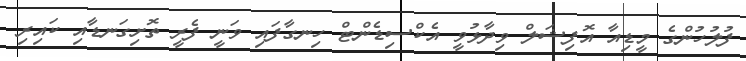
ފުލުހުންގެ މީޑިއާ އޮފިޝަލް ވިދާޅުވީ އެކްސިޑެންޓް ހިނގާފައި ވަނީ ފެރީ ތޮށިގަނޑާއި ކައިރި